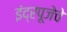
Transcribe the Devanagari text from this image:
इंद्रपूजेचे